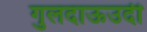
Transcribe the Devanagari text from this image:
गुलदाऊउदी